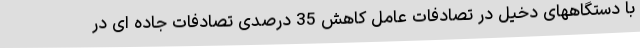
با دستگاههای دخیل در تصادفات عامل کاهش 35 درصدی تصادفات جاده ای در